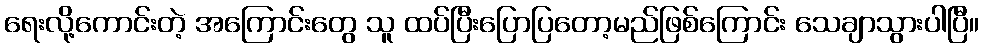
ရေးလို့ကောင်းတဲ့ အကြောင်းတွေ သူ ထပ်ပြီးပြောပြတော့မည်ဖြစ်ကြောင်း သေချာသွားပါပြီ။